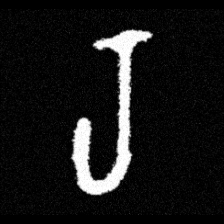
Pyu character \u2014 Myanmar letter: ရ (romanized: ra)